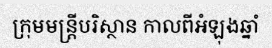
ក្រុមមន្ត្រីបរិស្ថាន កាលពីអំឡុងឆ្នាំ